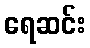
ရေဆင်း